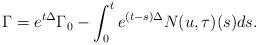
LaTeX: \begin{align*} \Gamma= e^{t\Delta} \Gamma_0-\int_0^t e^{(t-s)\Delta}N(u,\tau)(s)ds.\end{align*}